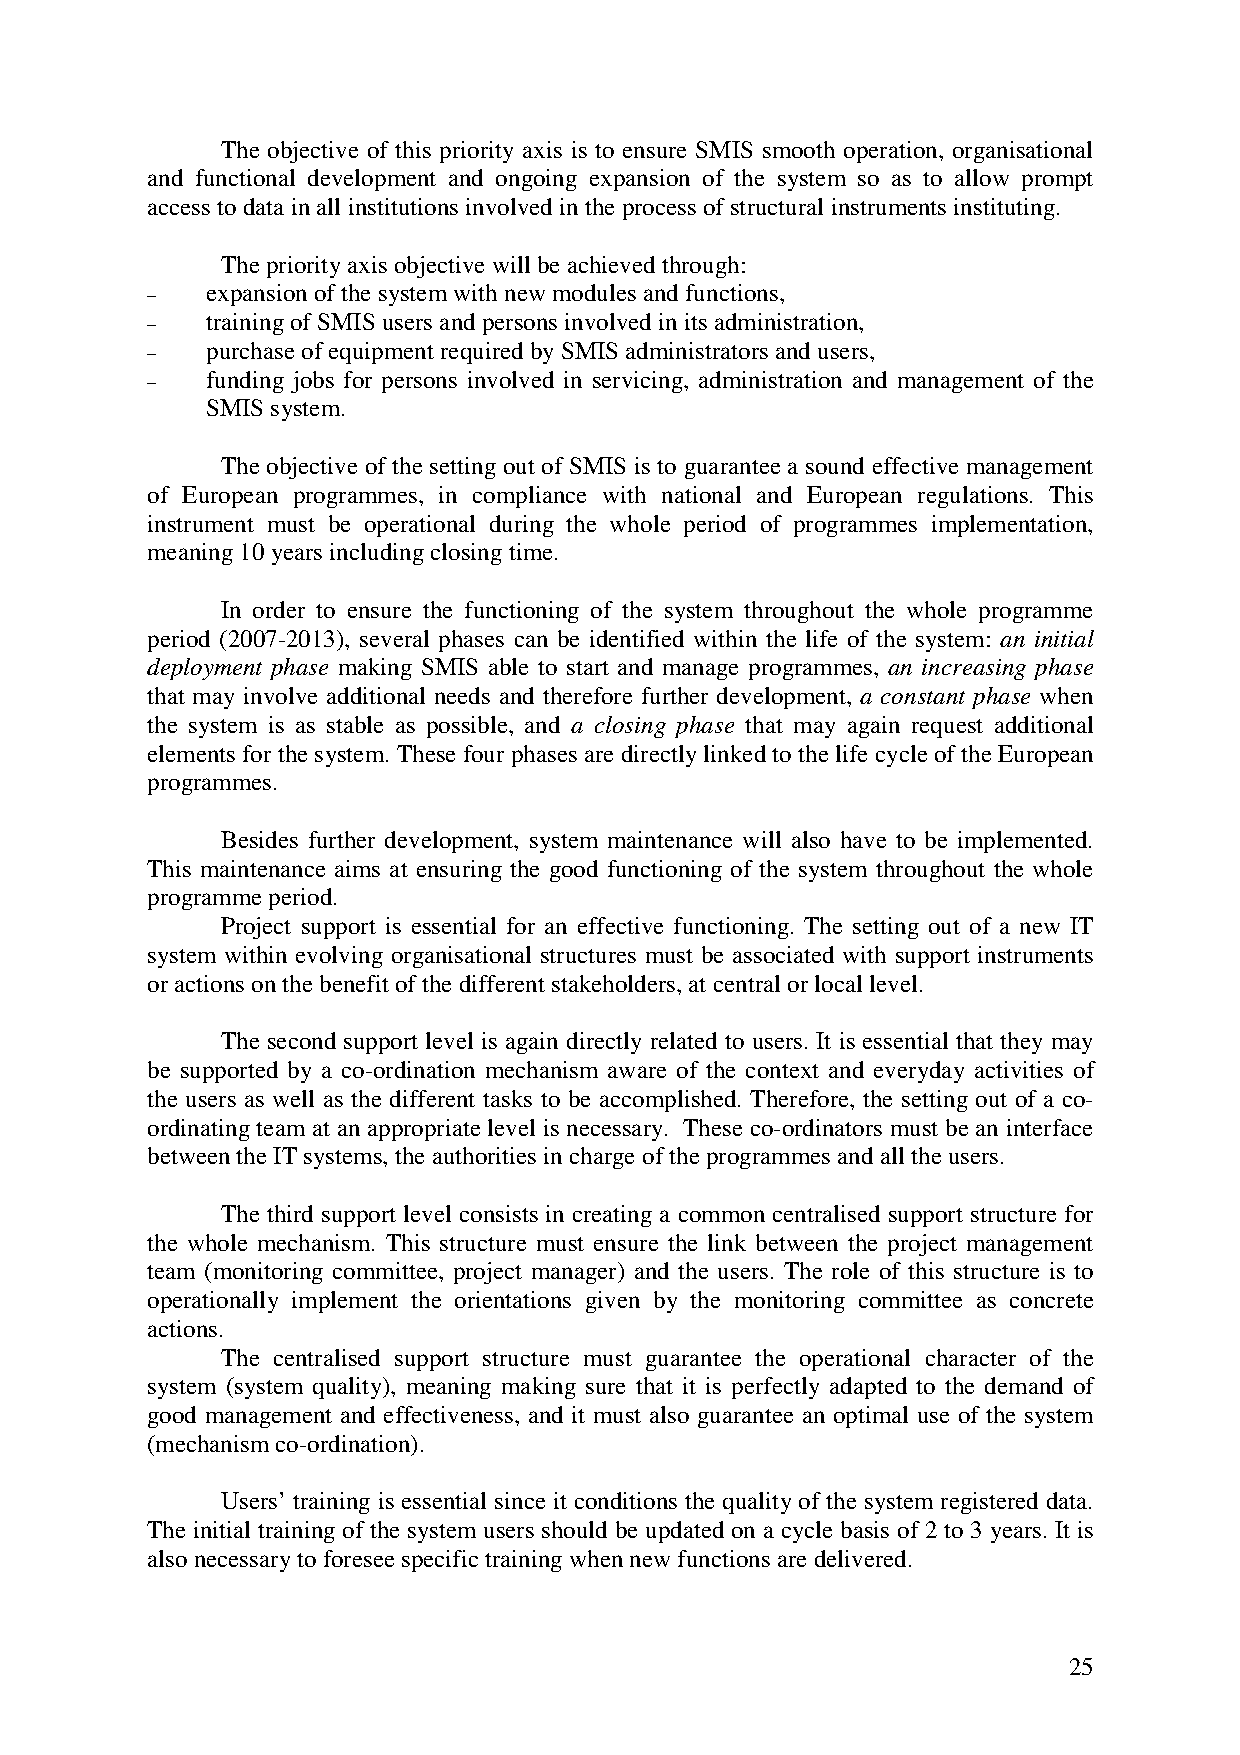
The objective of this priority axis is to ensure SMIS smooth operation, organisational
 and functional development and ongoing expansion of the system so as to allow prompt
 access to data in all institutions involved in the process of structural instruments instituting.
 The priority axis objective will be achieved through:
 expansion of the system with new modules and functions,
 −
 training of SMIS users and persons involved in its administration,
 −
 purchase of equipment required by SMIS administrators and users,
 −
 funding jobs for persons involved in servicing, administration and management of the
 −
 SMIS system.
 The objective of the setting out of SMIS is to guarantee a sound effective management
 of European programmes, in compliance with national and European regulations. This
 instrument must be operational during the whole period of programmes implementation,
 meaning 10 years including closing time.
 In order to ensure the functioning of the system throughout the whole programme
 period (2007-2013), several phases can be identified within the life of the system: an initial
 deployment phase making SMIS able to start and manage programmes, an increasing phase
 that may involve additional needs and therefore further development, a constant phase when
 the system is as stable as possible, and a closing phase that may again request additional
 elements for the system. These four phases are directly linked to the life cycle of the European
 programmes.
 Besides further development, system maintenance will also have to be implemented.
 This maintenance aims at ensuring the good functioning of the system throughout the whole
 programme period.
 Project support is essential for an effective functioning. The setting out of a new IT
 system within evolving organisational structures must be associated with support instruments
 or actions on the benefit of the different stakeholders, at central or local level.
 The second support level is again directly related to users. It is essential that they may
 be supported by a co-ordination mechanism aware of the context and everyday activities of
 the users as well as the different tasks to be accomplished. Therefore, the setting out of a co-
 ordinating team at an appropriate level is necessary. These co-ordinators must be an interface
 between the IT systems, the authorities in charge of the programmes and all the users.
 The third support level consists in creating a common centralised support structure for
 the whole mechanism. This structure must ensure the link between the project management
 team (monitoring committee, project manager) and the users. The role of this structure is to
 operationally implement the orientations given by the monitoring committee as concrete
 actions.
 The centralised support structure must guarantee the operational character of the
 system (system quality), meaning making sure that it is perfectly adapted to the demand of
 good management and effectiveness, and it must also guarantee an optimal use of the system
 (mechanism co-ordination).
 Users’ training is essential since it conditions the quality of the system registered data.
 The initial training of the system users should be updated on a cycle basis of 2 to 3 years. It is
 also necessary to foresee specific training when new functions are delivered.
 25